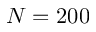
N = 2 0 0